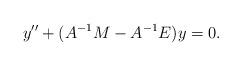
LaTeX: \begin{align*} y''+(A^{-1}M-A^{-1}E)y=0.\end{align*}